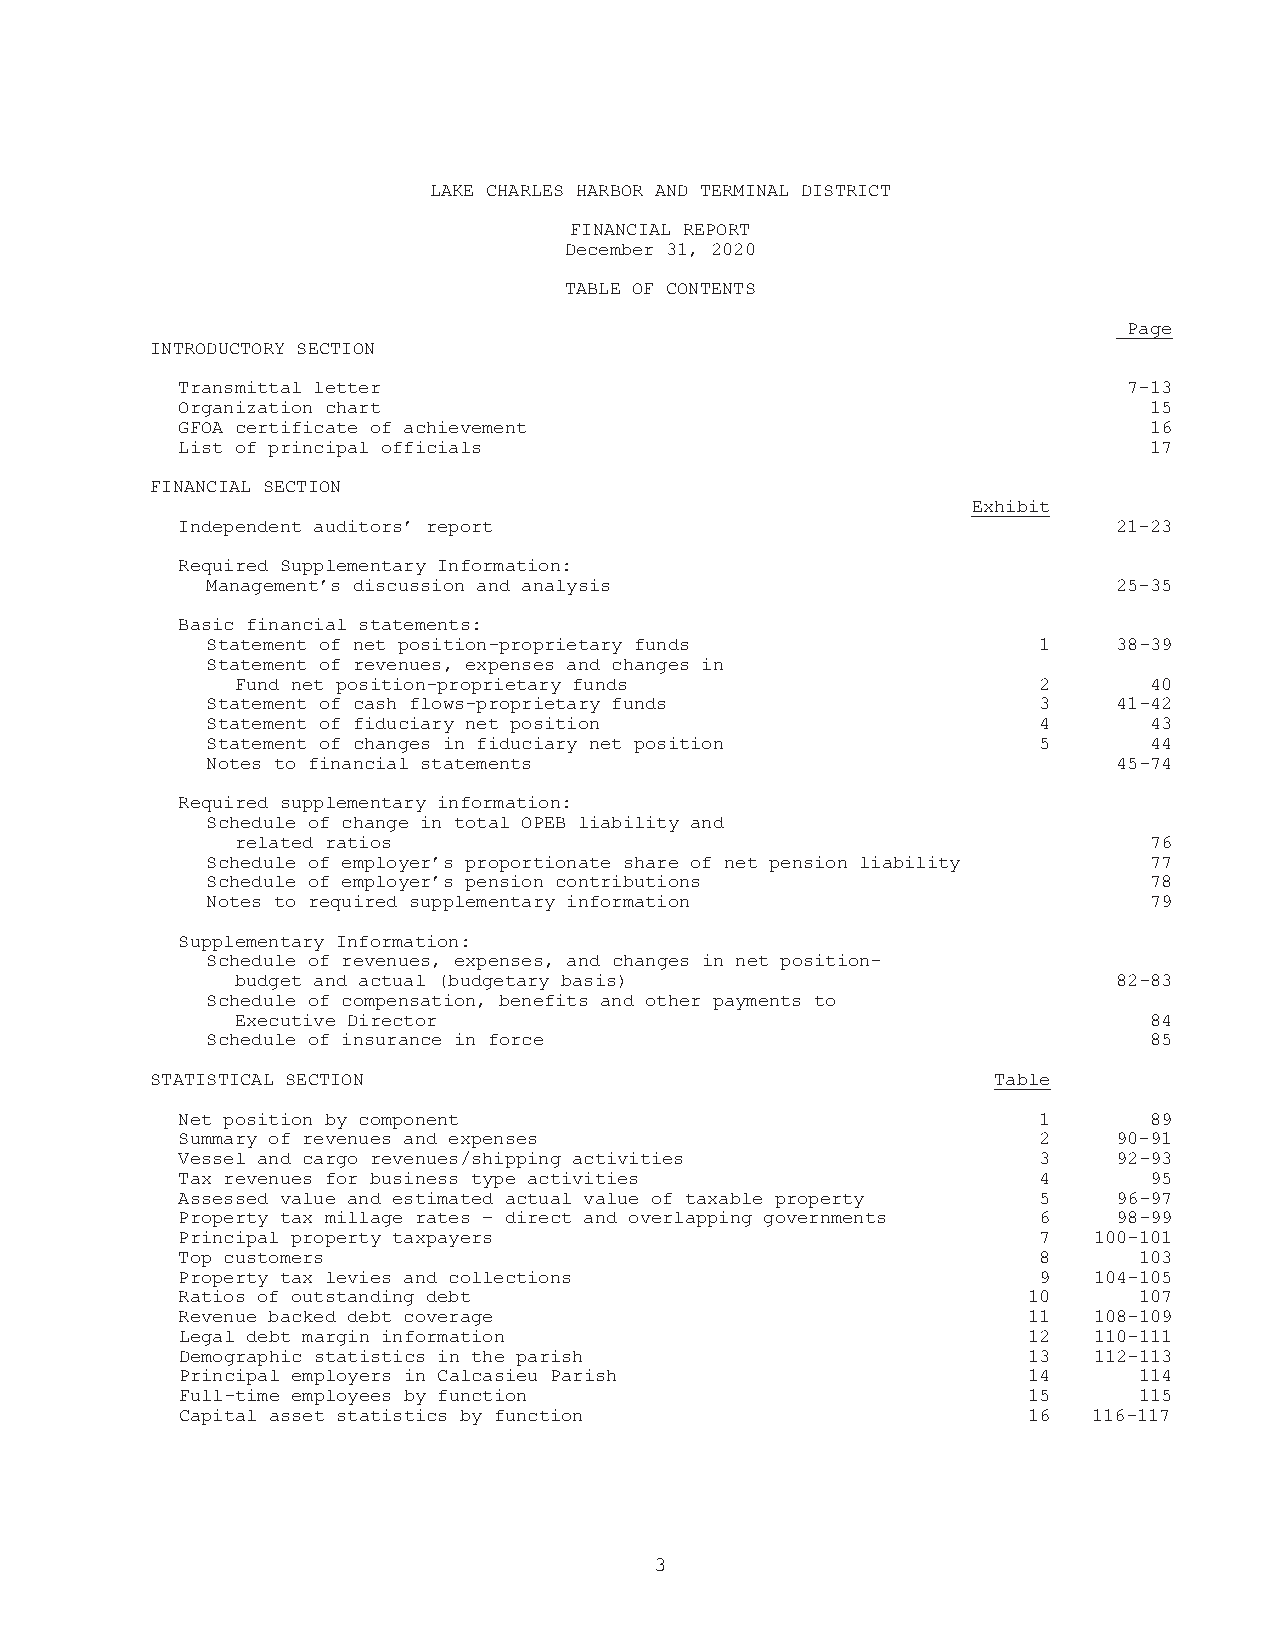
LAKE CHARLES HARBOR AND TERMINAL DISTRICT
 FINANCIAL REPORT
 December 31, 2020
 TABLE OF CONTENTS
 Page
 INTRODUCTORY SECTION
 Transmittal letter                                             7-13
 Organization chart                                              15
 GFOA certificate of achievement                                 16
 List of principal officials                                     17
 FINANCIAL SECTION
 Exhibit
 Independent auditors’ report                                  21-23
 Required Supplementary Information:
 Management’s discussion and analysis                        25-35
 Basic financial statements:
 Statement of net position-proprietary funds            1    38-39
 Statement of revenues, expenses and changes in
 Fund net position-proprietary funds                  2      40
 Statement of cash flows-proprietary funds              3    41-42
 Statement of fiduciary net position                    4      43
 Statement of changes in fiduciary net position         5      44
 Notes to financial statements                               45-74
 Required supplementary information:
 Schedule of change in total OPEB liability and
 related ratios                                              76
 Schedule of employer’s proportionate share of net pension liability 77
 Schedule of employer’s pension contributions                  78
 Notes to required supplementary information                   79
 Supplementary Information:
 Schedule of revenues, expenses, and changes in net position-
 budget and actual (budgetary basis)                       82-83
 Schedule of compensation, benefits and other payments to
 Executive Director                                          84
 Schedule of insurance in force                                85
 STATISTICAL SECTION                                     Table
 Net position by component                                1      89
 Summary of revenues and expenses                         2    90-91
 Vessel and cargo revenues/shipping activities            3    92-93
 Tax revenues for business type activities                4      95
 Assessed value and estimated actual value of taxable property 5 96-97
 Property tax millage rates – direct and overlapping governments 6 98-99
 Principal property taxpayers                             7  100-101
 Top customers                                            8     103
 Property tax levies and collections                      9  104-105
 Ratios of outstanding debt                              10     107
 Revenue backed debt coverage                            11  108-109
 Legal debt margin information                           12  110-111
 Demographic statistics in the parish                    13  112-113
 Principal employers in Calcasieu Parish                 14     114
 Full-time employees by function                         15     115
 Capital asset statistics by function                    16  116-117
 3